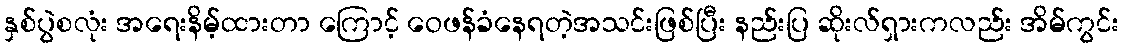
နှစ်ပွဲစလုံး အရေးနိမ့်ထားတာ ကြောင့် ဝေဖန်ခံနေရတဲ့အသင်းဖြစ်ပြီး နည်းပြ ဆိုးလ်ရှားကလည်း အိမ်ကွင်း